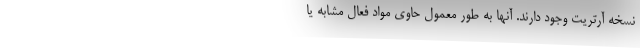
نسخه آرتریت وجود دارند. آنها به طور معمول حاوی مواد فعال مشابه یا